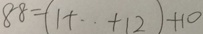
8 8 = ( 1 + \cdots + 1 2 ) + 1 0